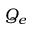
Q _ { e }